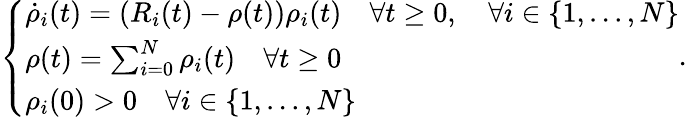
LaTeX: \begin{array}{r}{\left\{ \begin{array}{ll}{\dot{\rho}_{i}(t)=\left(R_{i}(t)-\rho(t)\right)\rho_{i}(t)\quad\forall t\geq 0,\quad\forall i\in\{ 1,...,N\} }\\ {\rho(t)=\sum_{i=0}^{N}{\rho_{i}(t)}\quad\forall t\geq 0}\\ {\rho_{i}(0)>0\quad\forall i\in\{ 1,...,N\} }\end{array}\right..}\end{array}